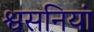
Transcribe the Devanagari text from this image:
श्वसनियां